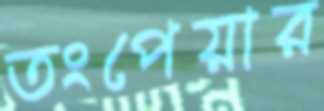
তংপেয়ার